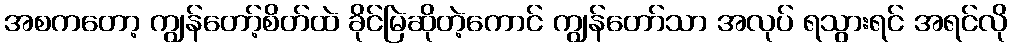
အစကတော့ ကျွန်တော့်စိတ်ထဲ ခိုင်မြဲဆိုတဲ့ကောင် ကျွန်တော်သာ အလုပ် ရသွားရင် အရင်လို